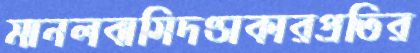
মানলবাসিদণ্ডাকারপ্রতির